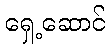
ရှေ့ဆောင်